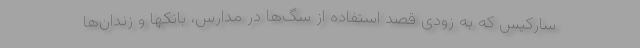
سارکیس که به زودی قصد استفاده از سگ‌ها در مدارس، بانکها و زندان‌ها